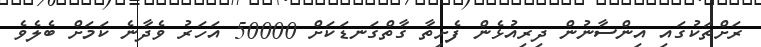
ރަށްތަކުގައި އިންސާނުން ދިރިއުޅެން ފެށިތާ ގާތްގަނޑަކަށް 50000 އަހަރު ވެދާނެ ކަމަށް ބެލެވެ